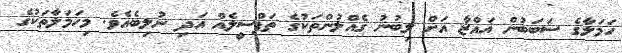
ހަމަލާގެ ސަބަބުން ޣައްޒާ އަށް ލިބުނު ގެއްލުންތަކުގެ ތަފްސީލެއް އަދި ނުލިބެއެވެ. މިހަމަލާތަކުގެ